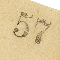
57